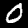
Label: 0